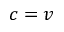
c = v